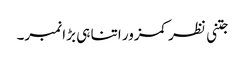
جتنی نظر کمزور اتنا ہی بڑا نمبر۔